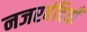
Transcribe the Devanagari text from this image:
नजरबंदियाँ